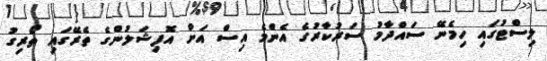
ލިސްޓުގައި ހިމެނޭ ސައްދާމު ސަރުކާރުގެ އެންމެ އިސް އަށް އޮފިޝަލުންގެ ތެރޭގައި ތޯރިގު